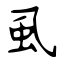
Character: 虱